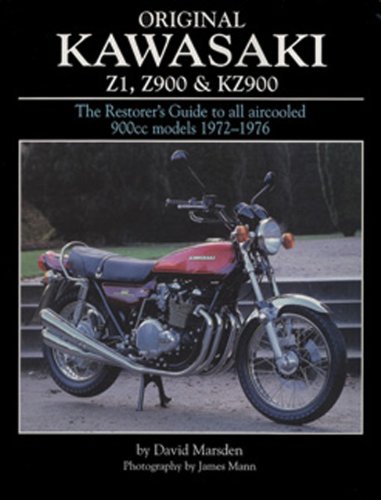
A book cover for Original Kawasaki Z1, Z900 & KZ900: The Restorer's Guide to All Aircooled 900cc Models 1972-1976 (Original Series); David Marsden; Arts & Photography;